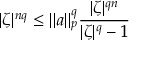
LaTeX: | \zeta | ^ { n q } \leq \| a \| _ { p } ^ { q } { \frac { | \zeta | ^ { q n } } { | \zeta | ^ { q } - 1 } }